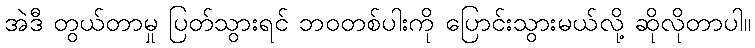
အဲဒီ တွယ်တာမှု ပြတ်သွားရင် ဘဝတစ်ပါးကို ပြောင်းသွားမယ်လို့ ဆိုလိုတာပါ။